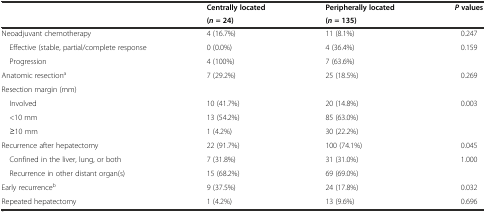
<table><thead><tr><td rowspan="2"></td><td><b>Centrally located</b></td><td><b>Peripherally located</b></td><td rowspan="2"><b><i>P</i>values</b></td></tr><tr><td><b>(<i>n</i>= 24)</b></td><td><b>(<i>n</i>= 135)</b></td></tr></thead><tbody><tr><td>Neoadjuvant chemotherapy</td><td>4 (16.7%)</td><td>11 (8.1%)</td><td>0.247</td></tr><tr><td> Effective (stable, partial/complete response</td><td>0 (0.0%)</td><td>4 (36.4%)</td><td>0.159</td></tr><tr><td> Progression</td><td>4 (100%)</td><td>7 (63.6%)</td><td></td></tr><tr><td>Anatomic resection<sup>a</sup></td><td>7 (29.2%)</td><td>25 (18.5%)</td><td>0.269</td></tr><tr><td colspan="4">Resection margin (mm)</td></tr><tr><td> Involved</td><td>10 (41.7%)</td><td>20 (14.8%)</td><td>0.003</td></tr><tr><td> &lt;10 mm</td><td>13 (54.2%)</td><td>85 (63.0%)</td><td></td></tr><tr><td> ≥10 mm</td><td>1 (4.2%)</td><td>30 (22.2%)</td><td></td></tr><tr><td>Recurrence after hepatectomy</td><td>22 (91.7%)</td><td>100 (74.1%)</td><td>0.045</td></tr><tr><td> Confined in the liver, lung, or both</td><td>7 (31.8%)</td><td>31 (31.0%)</td><td>1.000</td></tr><tr><td> Recurrence in other distant organ(s)</td><td>15 (68.2%)</td><td>69 (69.0%)</td><td></td></tr><tr><td>Early recurrence<sup>b</sup></td><td>9 (37.5%)</td><td>24 (17.8%)</td><td>0.032</td></tr><tr><td>Repeated hepatectomy</td><td>1 (4.2%)</td><td>13 (9.6%)</td><td>0.696</td></tr></tbody></table>